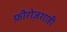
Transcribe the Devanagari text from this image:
फ़ीरोज़शाही